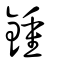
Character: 鍾